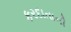
કરદાતાની